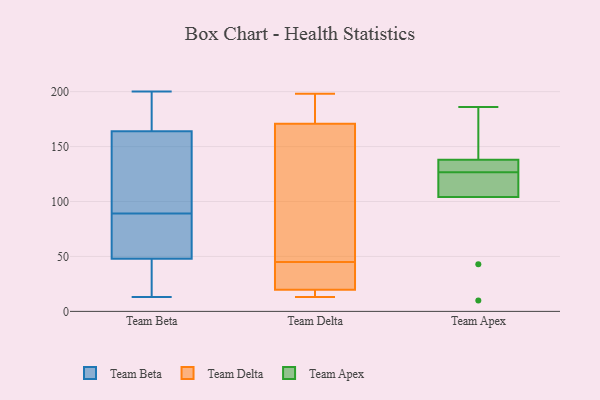
{"axis": {"x": "Conversion Rate (%)", "y": "Value"}, "legend": ["Team Apex", "Team Beta", "Team Delta"], "data": [{"x": "", "y": 29, "type": "Team Beta"}, {"x": "", "y": 18, "type": "Team Beta"}, {"x": "", "y": 49, "type": "Team Beta"}, {"x": "", "y": 48, "type": "Team Beta"}, {"x": "", "y": 191, "type": "Team Beta"}, {"x": "", "y": 191, "type": "Team Beta"}, {"x": "", "y": 133, "type": "Team Beta"}, {"x": "", "y": 200, "type": "Team Beta"}, {"x": "", "y": 84, "type": "Team Beta"}, {"x": "", "y": 164, "type": "Team Beta"}, {"x": "", "y": 94, "type": "Team Beta"}, {"x": "", "y": 117, "type": "Team Beta"}, {"x": "", "y": 13, "type": "Team Beta"}, {"x": "", "y": 73, "type": "Team Beta"}, {"x": "", "y": 19, "type": "Team Delta"}, {"x": "", "y": 189, "type": "Team Delta"}, {"x": "", "y": 170, "type": "Team Delta"}, {"x": "", "y": 37, "type": "Team Delta"}, {"x": "", "y": 15, "type": "Team Delta"}, {"x": "", "y": 13, "type": "Team Delta"}, {"x": "", "y": 17, "type": "Team Delta"}, {"x": "", "y": 198, "type": "Team Delta"}, {"x": "", "y": 22, "type": "Team Delta"}, {"x": "", "y": 137, "type": "Team Delta"}, {"x": "", "y": 177, "type": "Team Delta"}, {"x": "", "y": 35, "type": "Team Delta"}, {"x": "", "y": 171, "type": "Team Delta"}, {"x": "", "y": 45, "type": "Team Delta"}, {"x": "", "y": 115, "type": "Team Delta"}, {"x": "", "y": 122, "type": "Team Apex"}, {"x": "", "y": 138, "type": "Team Apex"}, {"x": "", "y": 135, "type": "Team Apex"}, {"x": "", "y": 186, "type": "Team Apex"}, {"x": "", "y": 10, "type": "Team Apex"}, {"x": "", "y": 127, "type": "Team Apex"}, {"x": "", "y": 126, "type": "Team Apex"}, {"x": "", "y": 104, "type": "Team Apex"}, {"x": "", "y": 43, "type": "Team Apex"}, {"x": "", "y": 166, "type": "Team Apex"}]}